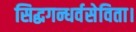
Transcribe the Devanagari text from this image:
सिद्धगन्धर्वसेविता।